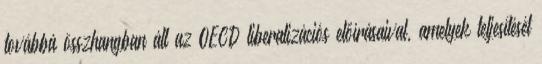
továbbá összhangban áll az OECD liberalizációs előírásaival, amelyek teljesítését